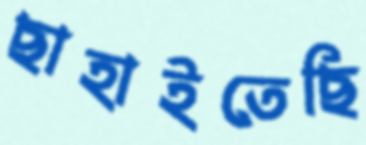
ছাহাইতেছি